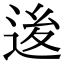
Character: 𨒥